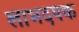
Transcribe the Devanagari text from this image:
लाभदयक